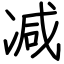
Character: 减